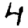
Digit: 4